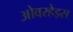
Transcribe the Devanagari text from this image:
ओवरहेड्स